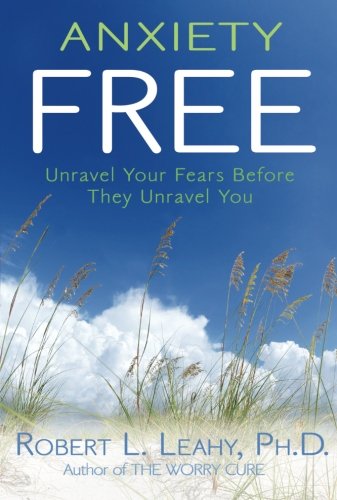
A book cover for Anxiety Free: Unravel Your Fears Before They Unravel You; Robert L. Leahy; Self-Help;